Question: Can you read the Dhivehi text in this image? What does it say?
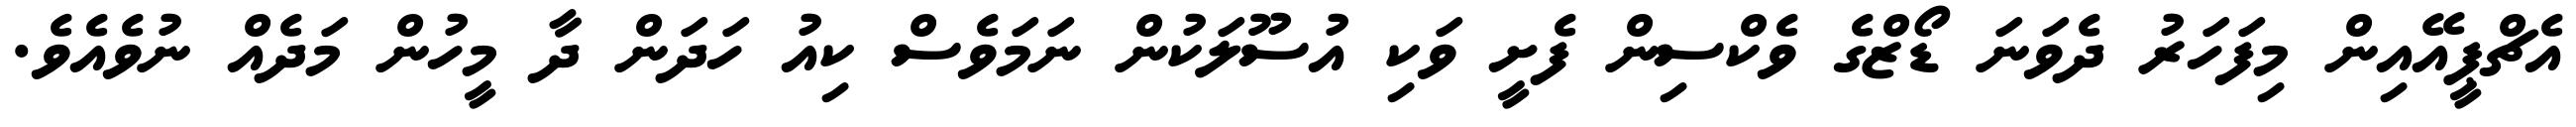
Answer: އެޗްޕީއޭއިން މިފަހަރު ދެވަނަ ޑޯޒްގެ ވެކްސިން ފެށީ ވަކި އުސޫލަކުން ނަމަވެސް ކިއު ހަދަން ދާ މީހުން މަދެއް ނުވެއެވެ.